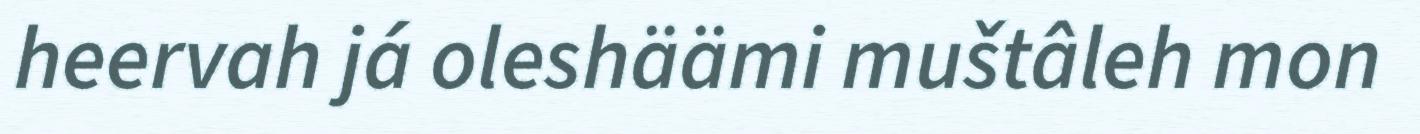
heervah já oleshäämi muštâleh mon